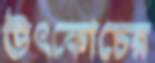
উৎকোচের